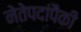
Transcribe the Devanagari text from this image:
नेतेपदांपैकी